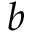
\boldsymbol { b }